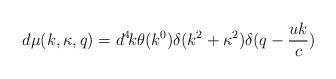
LaTeX: \begin{align*}d\mu(k,\kappa,q)=d^4\!k\theta(k^0)\delta(k^2+\kappa^2)\delta(q-\frac{uk}{c})\end{align*}